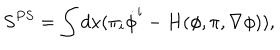
S ^ { P S } = \int d x ( \pi _ { i } \dot { \phi } ^ { i } - H ( \phi , \pi , \nabla \phi ) ) ,